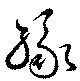
縁